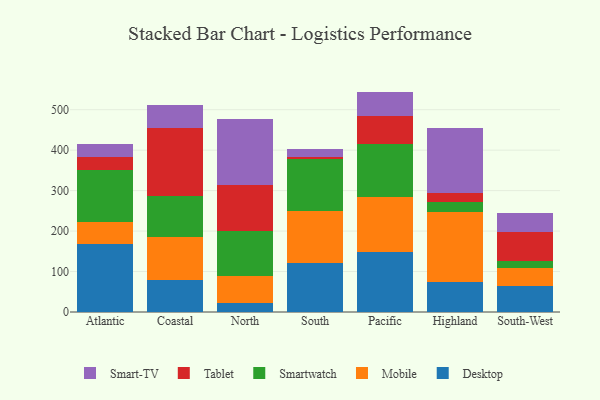
{"axis": {"x": "Region", "y": "Operating Costs (USD K)"}, "legend": ["Desktop", "Mobile", "Smart-TV", "Smartwatch", "Tablet"], "data": [{"x": "Atlantic", "y": 167.3, "type": "Desktop"}, {"x": "Atlantic", "y": 56.1, "type": "Mobile"}, {"x": "Atlantic", "y": 127.9, "type": "Smartwatch"}, {"x": "Atlantic", "y": 32.0, "type": "Tablet"}, {"x": "Atlantic", "y": 32.7, "type": "Smart-TV"}, {"x": "Coastal", "y": 78.9, "type": "Desktop"}, {"x": "Coastal", "y": 106.2, "type": "Mobile"}, {"x": "Coastal", "y": 101.6, "type": "Smartwatch"}, {"x": "Coastal", "y": 167.4, "type": "Tablet"}, {"x": "Coastal", "y": 57.6, "type": "Smart-TV"}, {"x": "North", "y": 22.7, "type": "Desktop"}, {"x": "North", "y": 67.1, "type": "Mobile"}, {"x": "North", "y": 111.4, "type": "Smartwatch"}, {"x": "North", "y": 113.8, "type": "Tablet"}, {"x": "North", "y": 162.1, "type": "Smart-TV"}, {"x": "South", "y": 120.5, "type": "Desktop"}, {"x": "South", "y": 128.2, "type": "Mobile"}, {"x": "South", "y": 129.9, "type": "Smartwatch"}, {"x": "South", "y": 5.2, "type": "Tablet"}, {"x": "South", "y": 19.2, "type": "Smart-TV"}, {"x": "Pacific", "y": 148.3, "type": "Desktop"}, {"x": "Pacific", "y": 135.9, "type": "Mobile"}, {"x": "Pacific", "y": 130.7, "type": "Smartwatch"}, {"x": "Pacific", "y": 68.8, "type": "Tablet"}, {"x": "Pacific", "y": 61.0, "type": "Smart-TV"}, {"x": "Highland", "y": 73.8, "type": "Desktop"}, {"x": "Highland", "y": 172.6, "type": "Mobile"}, {"x": "Highland", "y": 26.7, "type": "Smartwatch"}, {"x": "Highland", "y": 20.9, "type": "Tablet"}, {"x": "Highland", "y": 161.5, "type": "Smart-TV"}, {"x": "South-West", "y": 64.9, "type": "Desktop"}, {"x": "South-West", "y": 43.5, "type": "Mobile"}, {"x": "South-West", "y": 18.8, "type": "Smartwatch"}, {"x": "South-West", "y": 69.9, "type": "Tablet"}, {"x": "South-West", "y": 48.0, "type": "Smart-TV"}]}